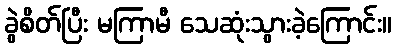
ခွဲစိတ်ပြီး မကြာမီ သေဆုံးသွားခဲ့ကြောင်း။